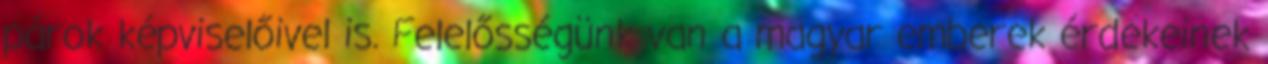
párok képviselőivel is. Felelősségünk van a magyar emberek érdekeinek